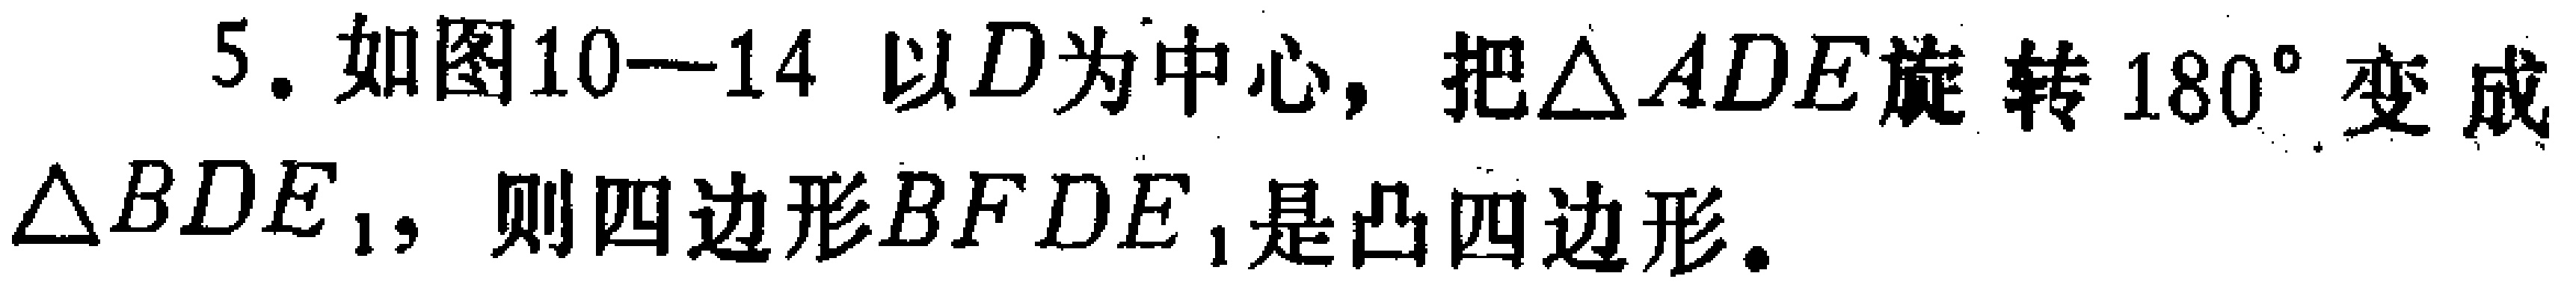
5. 如图10—14 以\(D\)为中心，把\(\triangle ADE\)旋转\(180^{\circ}\)变成\(\triangle BDE_{1}\)，则四边形\(BFDE_{1}\)是凸四边形。